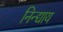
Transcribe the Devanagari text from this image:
निन्द्याय